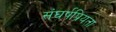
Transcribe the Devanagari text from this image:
संघर्षप्रियता